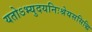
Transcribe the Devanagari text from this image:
यतोऽभ्युदयनिःश्रेयससिद्धि